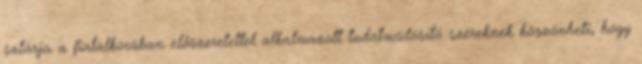
sztárja a fiatalkorában előszeretettel alkalmazott tudatmódosító szereknek köszönheti, hogy